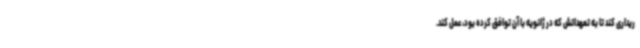
ریداری کند تا به تعهداتش که در ژانویه با آن توافق کرده بود، عمل کند.